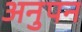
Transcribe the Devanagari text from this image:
अनुपन